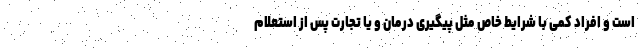
است و افراد کمی با شرایط خاص مثل پیگیری درمان و یا تجارت پس از استعلام